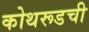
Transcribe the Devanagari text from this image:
कोथरूडची